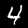
Label: 4